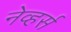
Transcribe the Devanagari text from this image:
नेव्हर्स